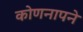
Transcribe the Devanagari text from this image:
कोणनापने